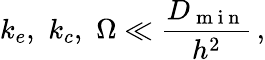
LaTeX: k_{e},\, \, k_{c},\, \, \Omega\ll\frac{D_{\mathrm{~m~i~n~}}}{h^{2}}\, ,